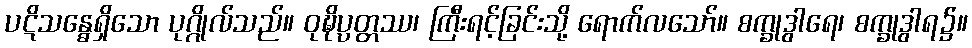
ပဋိသန္ဓေရှိသော ပုဂ္ဂိုလ်သည်။ ဝုဍ္ဎိပ္ပတ္တဿ၊ ကြီးရင့်ခြင်းသို့ ရောက်လသော်။ စက္ခုဒွါရေ၊ စက္ခုဒွါရ၌။